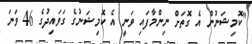
"ކޮމިޝަނުން އެ ގޮތަށް ނިންމާފައި ވަނީ އެ ކޮމިޝަނުގެ ގަވައިދުގެ 46 ވަނަ